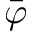
\bar { \varphi }